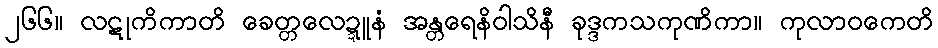
၂၆၆။ လဋုကိကာတိ ခေတ္တလေဍ္ဍူနံ အန္တရေနိဝါသိနီ ခုဒ္ဒကသကုဏိကာ။ ကုလာဝကေတိ